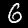
Label: 6